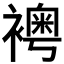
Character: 𧝰